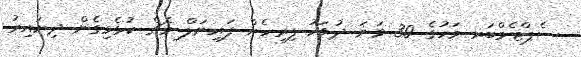
ސެޕްޓެމްބަރ މަހުގެ 30 ވަނަ ދުވަހު ފިރިހެން ފައިނަލް މެޗް ކުޅެވިގެން ދިޔައިރު